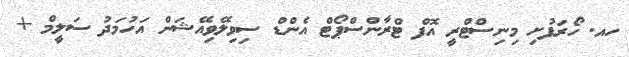
ހއ. ހޯރަފުށި މިނިސްޓްރީ އޮފް ޓްރާންސްޕޯޓް އެންޑް ސިވިލޭވިއޭޝަން އަހުމަދު ސަލީމް +